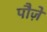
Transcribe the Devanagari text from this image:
पौज़े